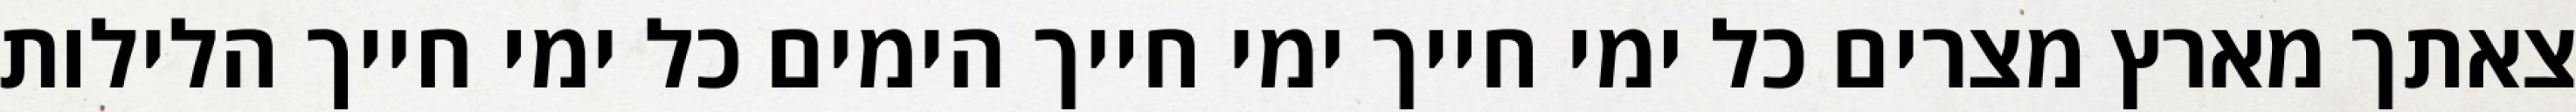
צאתך מארץ מצרים כל ימי חייך ימי חייך הימים כל ימי חייך הלילות